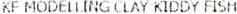
KF MODELLING CLAY KIDDY FISH